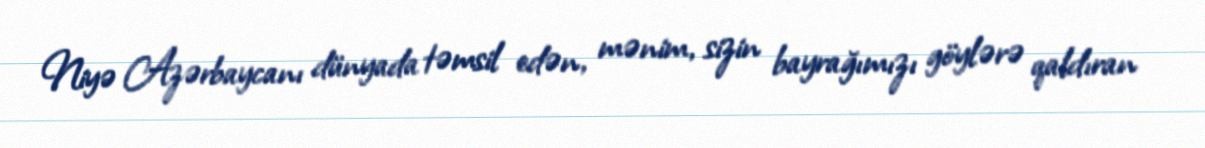
Niyə Azərbaycanı dünyada təmsil edən, mənim, sizin bayrağımızı göylərə qaldıran